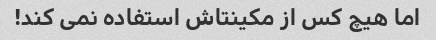
اما هیچ کس از مکینتاش استفاده نمی کند!